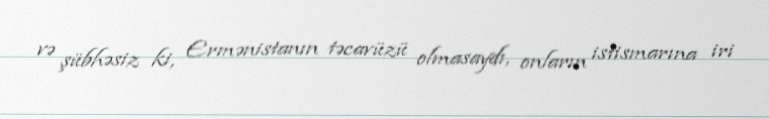
və şübhəsiz ki, Ermənistanın təcavüzü olmasaydı, onların istismarına iri